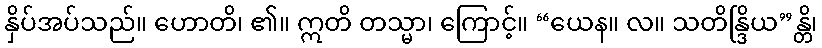
နှိပ်အပ်သည်။ ဟောတိ၊ ၏။ ဣတိ တသ္မာ၊ ကြောင့်။ “ယေန။ လ။ သတိန္ဒြိယ”န္တိ၊